Epidemic dropsy in Calcutta - Number 49
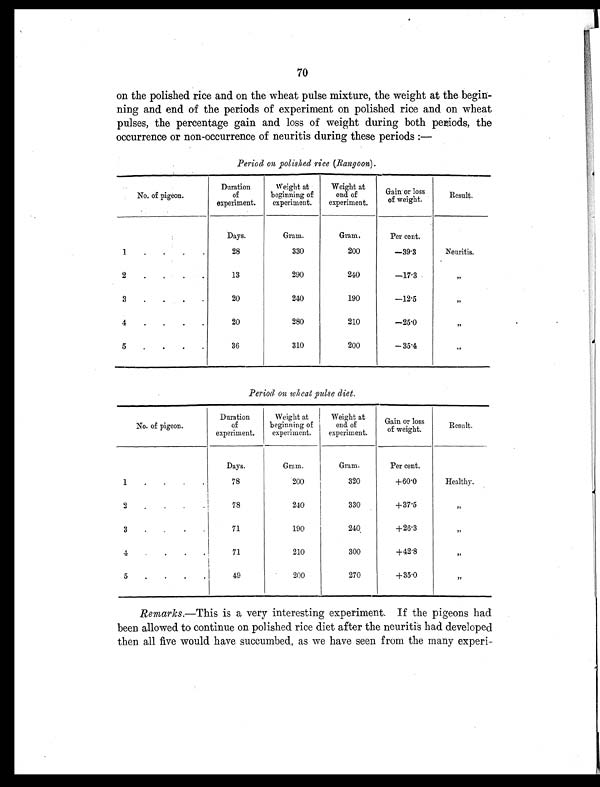
70
on the polished rice and on the wheat pulse mixture, the weight at the begin-
ning and end of the periods of experiment on polished rice and on wheat
pulses, the percentage gain and loss of weight during both periods, the
occurrence or non-occurrence of neuritis during these periods:-
Period on polished rice (Rangoon).
No. of pigeon.
Duration
of
experiment.
Weight at
beginning of
experiment.
Weight at
end of
experiment.
Gain or loss
of weight.
Result.
Days.
Gram.
Gram.
Per cent.
1
. . . .
28
330
200
-39.3
Neuritis.
2 . . . .
13
290
240
-17.3
,,
3
. . . .
20
240
190
-12.5
,,
4
. . . .
20
280
210
-25.0
, ,
5
. . . .
36
310
200
-35.4
„
Period on wheat pulse diet.
No. of pigeon.
Duration
of
experiment.
Weight at
beginning of
experiment.
Weight at
end of
experiment.
Gain or loss
of weight.
Result.
Days.
Gram.
Gram.
Per cent.
1 . . .
78
200
320
+60.0
Healthy.
2 . . .
78
240
330
+37.5 ,,
3
. . . .
71
190
240
+26.3
, ,
4 . . .
71
210
300
+42.8
, ,
5 . . .
49
200
270
+35.0
, ,
Remarks.—This is a very interesting experiment. If the pigeons had
been allowed to continue on polished rice diet after the neuritis had developed
then all five would have succumbed, as we have seen from the many experi-